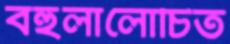
বহুলালোচিত